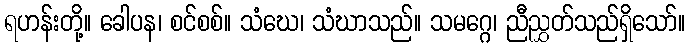
ရဟန်းတို့။ ခေါပန၊ စင်စစ်။ သံဃေ၊ သံဃာသည်။ သမဂ္ဂေ၊ ညီညွှတ်သည်ရှိသော်။